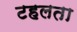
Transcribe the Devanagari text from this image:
टहलता